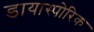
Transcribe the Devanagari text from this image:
डायास्पोरिक